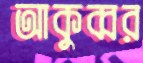
আকুব্বর